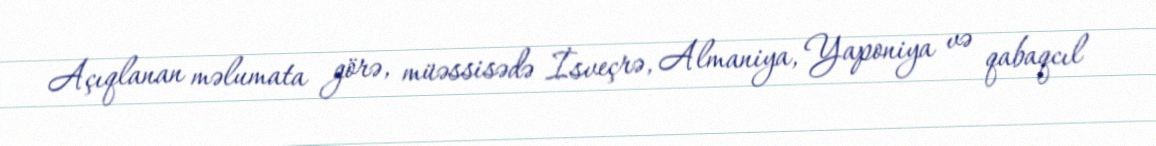
Açıqlanan məlumata görə, müəssisədə İsveçrə, Almaniya, Yaponiya və qabaqcıl